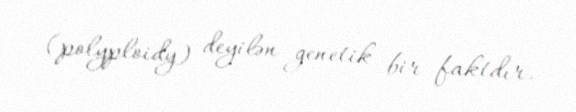
(polyploidy) deyilən genetik bir faktdır.